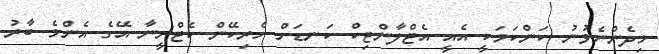
މިދެންނެވުނު ކަންކަމަކީ އެއީ އެޓްލާންޓިކް ކަނޑަށް ހެރިކޭން ކެޓްރީނާ އޭގެ އެންމެ ބާރު